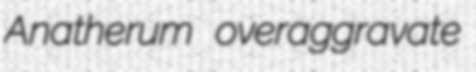
Anatherum overaggravate